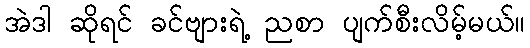
အဲဒါ ဆိုရင် ခင်ဗျားရဲ့ ညစာ ပျက်စီးလိမ့်မယ်။